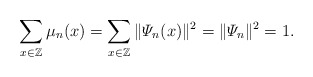
\begin{align*}\sum_{x\in\mathbb{Z}}\mu_n(x) = \sum_{x\in\mathbb{Z}}\|\varPsi_n(x)\|^2 = \|\varPsi_n\|^2 = 1.\end{align*}